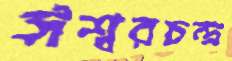
ঈশ্বরচন্দ্র